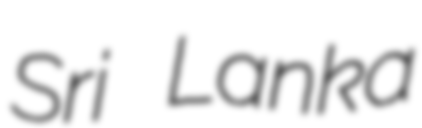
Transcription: Sri Lanka